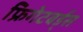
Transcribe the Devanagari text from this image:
फ्रिगेटबर्ड्स